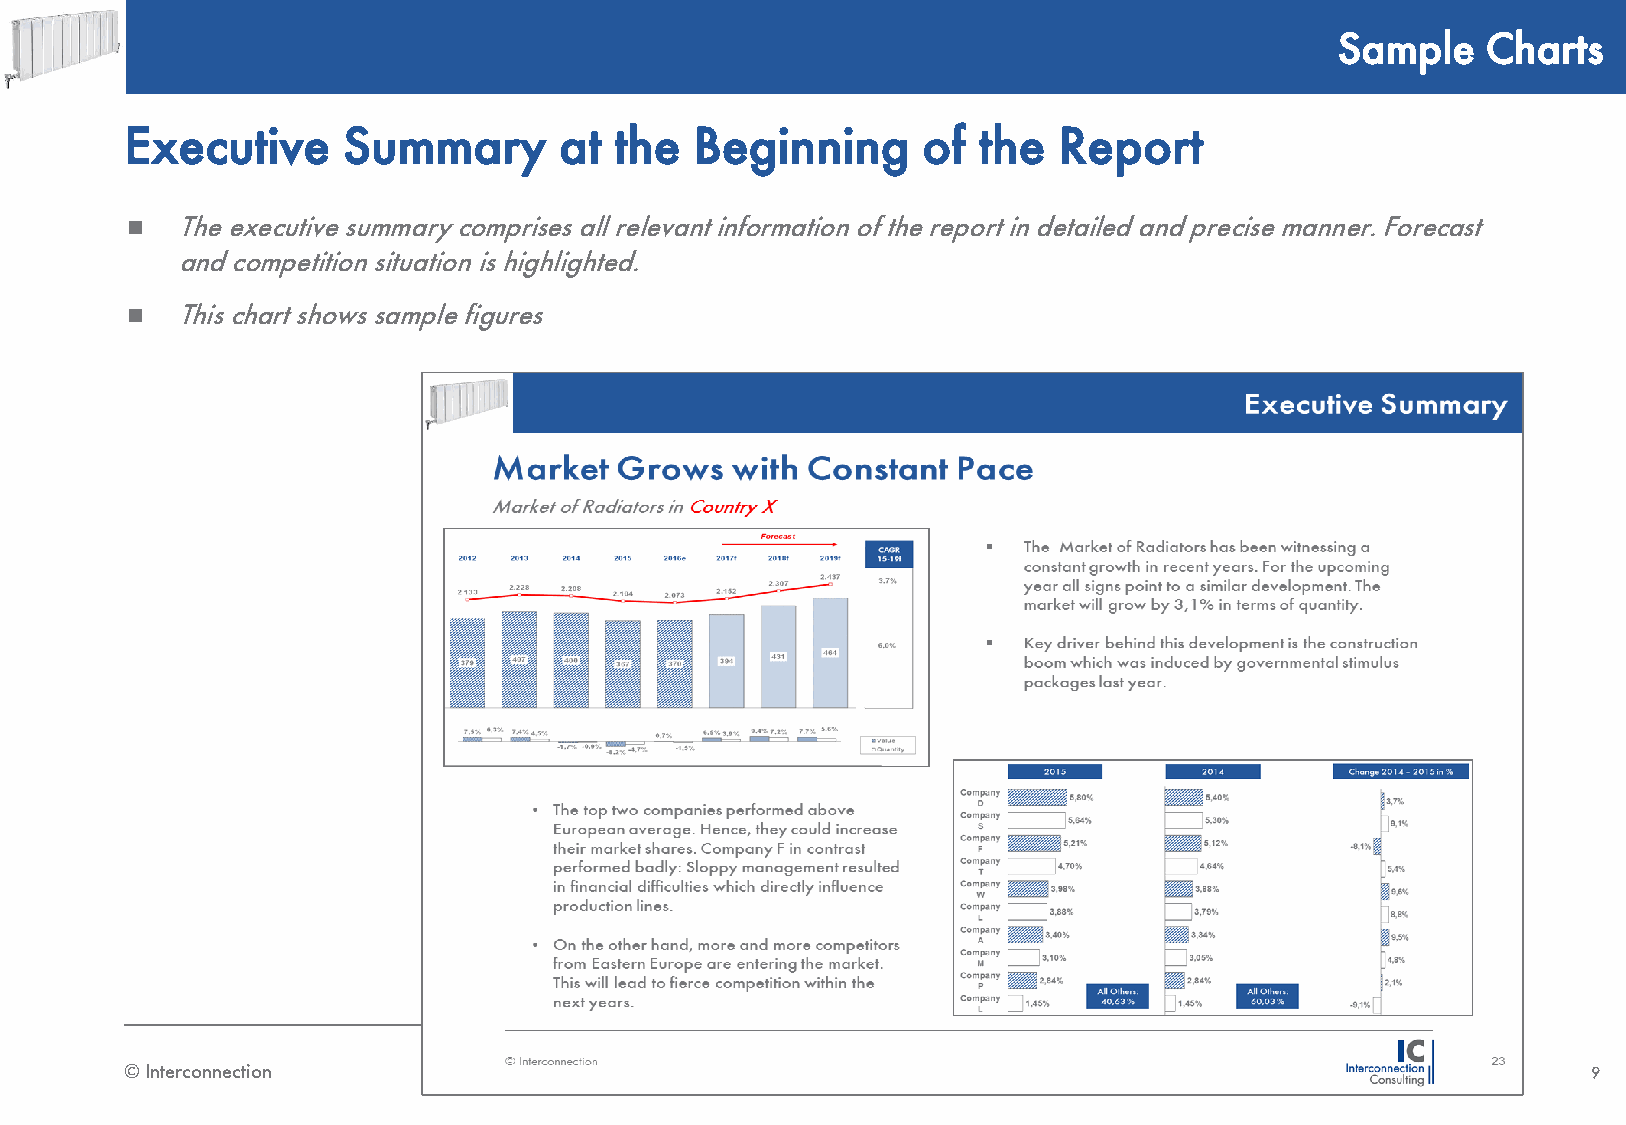
Sample    Charts
 Executive      Summary       at  the  Beginning      of  the  Report
    The executive summary comprises all relevant information of the report in detailed and precise manner. Forecast
 and competition situation is highlighted.
    This chart shows sample figures
 © Interconnection                                                                                9